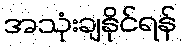
အသုံးချနိုင်ရန်